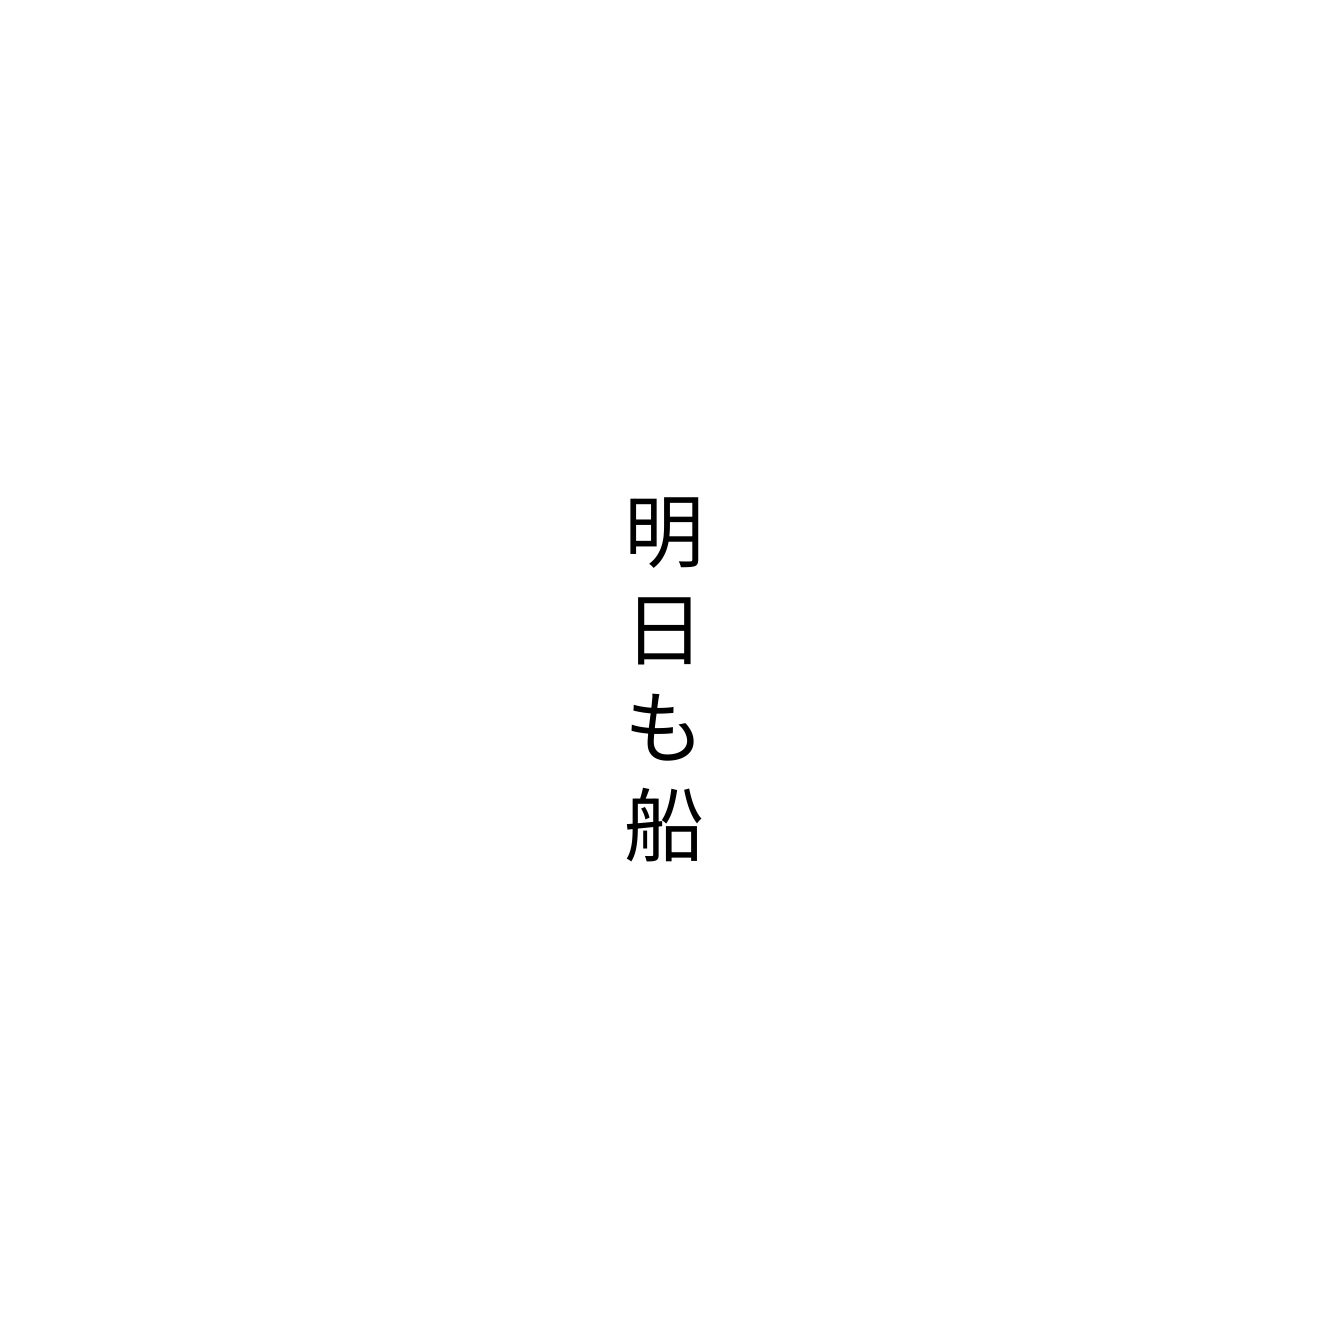
明日も船